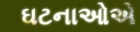
ઘટનાઓએ